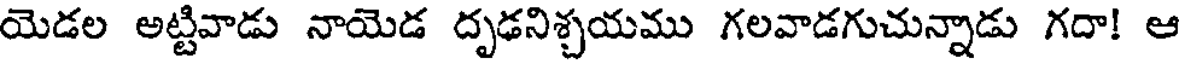
యెడల అట్టివాడు నాయెడ దృఢనిశ్చయము గలవాడగుచున్నాడు గదా! ఆ